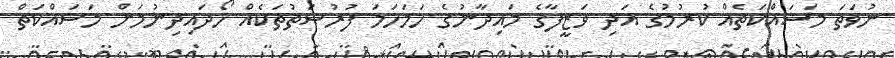
ނުވަތަ މަސައްކަތެއް ކުރުމުގެ އަދި ވަޒީފާގެ މައިދާނުގެ ހަމަހަމަ ފުރުޞަތުތަކެއް ހޯދައިދިނުމަށް މަސައްކަތް